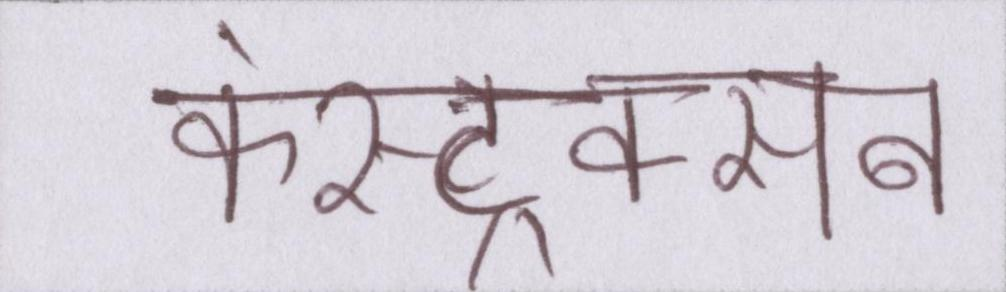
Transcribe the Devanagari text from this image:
कंस्ट्रक्सन